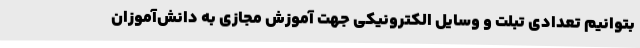
بتوانیم تعدادی تبلت و وسایل الکترونیکی جهت آموزش مجازی به دانش‌آموزان